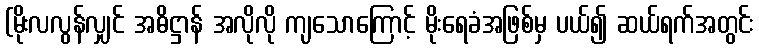
(မိုးလလွန်လျှင် အဓိဋ္ဌာန် အလိုလို ကျသောကြောင့် မိုးရေခံအဖြစ်မှ ပယ်၍ ဆယ်ရက်အတွင်း